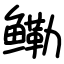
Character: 鳓